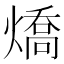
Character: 燆